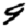
Digit: 9